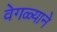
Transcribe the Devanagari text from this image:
वेगळ्याने